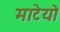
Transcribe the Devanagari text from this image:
माटेयो